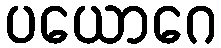
ပယောဂေ